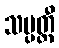
သမ္ပတ္တီ